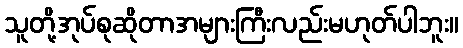
သူတို့အုပ်စုဆိုတာအများကြီးလည်းမဟုတ်ပါဘူး။